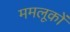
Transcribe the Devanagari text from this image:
ममलूकों